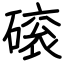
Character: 磙